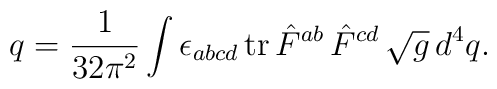
q=\frac 1{32\pi ^2}\int \epsilon _{abcd}\,{\rm tr\,}\hat{F}^{ab}\,\hat{F}^{cd}\,\sqrt{g}\,d^4q.